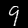
Digit: 9